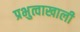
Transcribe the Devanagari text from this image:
प्रभुत्वाखाली